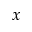
x